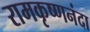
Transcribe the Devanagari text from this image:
रामकृष्णनंदा